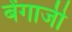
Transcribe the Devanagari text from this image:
बेंगाजी